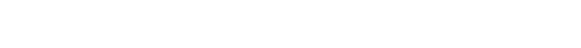
စပါးအုံးမြွေတွေကို ဝေဒနာ မခံစားစေဘဲ သတ်ဖြတ်ဖို့က ကျွန်တော့်အတွက် အရမ်းကို